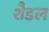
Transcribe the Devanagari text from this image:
शैडल